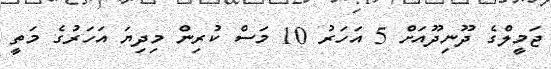
ޖަމީލްގެ ދޫނިދޫއަށް 5 އަހަރު 10 މަސް ކުރިން މިދިޔަ އަހަރުގެ މަތީ